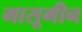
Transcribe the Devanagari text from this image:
मासूमीन